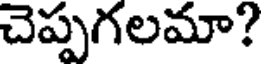
చెప్పగలమా?